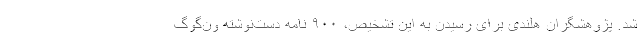
شد. پژوهشگران هلندی برای رسیدن به این تشخیص، ۹۰۰ نامه دست‌نوشته ون‌گوگ